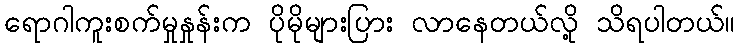
ရောဂါကူးစက်မှုနှုန်းက ပိုမိုများပြား လာနေတယ်လို့ သိရပါတယ်။